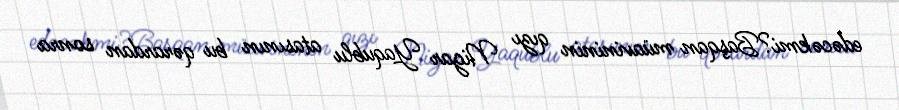
edəcəkmi?Başqan müavininin qızı Nigar Yaqublu atasının bu qərardan sonra